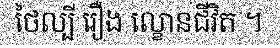
ថៃល្បី រឿង ល្ខោនជីវិត ។